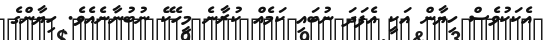
އެކަކުވެސް ހިޔާން އަކީ އެފަދަ ނުބައި ކަމެއް ކުރާނެ މީހެކޭ ނުބުނާނެއެވެ. ހިޔާންގެ